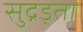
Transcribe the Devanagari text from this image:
सुद्रड़ता